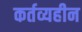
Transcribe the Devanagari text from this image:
कर्तव्यहीन